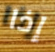
إذا